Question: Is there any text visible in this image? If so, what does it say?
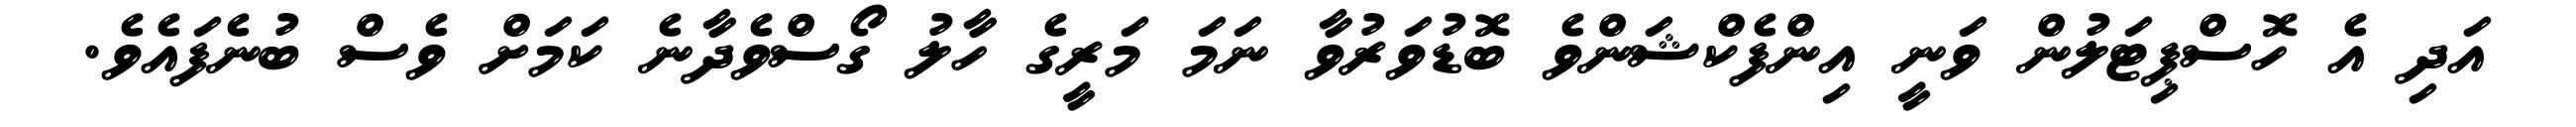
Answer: އަދި އެ ހޮސްޕިޓަލުން ވަނީ އިންފެކްޝަންވެ ބޮޑުވަރުވާ ނަމަ މަރީގެ ހާލު ގޯސްވެދާނެ ކަމަށް ވެސް ބުނެފައެވެ.